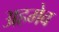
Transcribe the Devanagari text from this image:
अहमेव